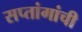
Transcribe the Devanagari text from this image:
सप्तांगांची